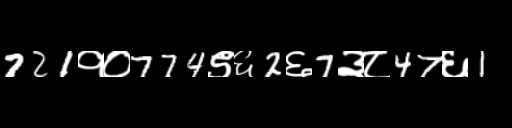
Text: 721१०774९६2६7३८47६1